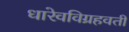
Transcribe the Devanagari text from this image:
धारेवविग्रहवती